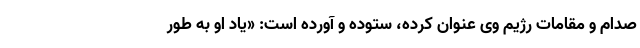
صدام و مقامات رژیم وی عنوان کرده، ستوده و آورده است: «یاد او به طور